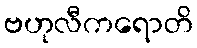
ဗဟုလီကရောတိ